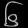
Digit: ၆